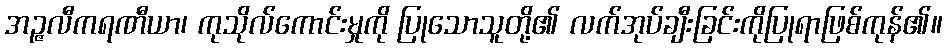
အဉ္ဇလီကရဏီယာ၊ ကုသိုလ်ကောင်းမှုကို ပြုသောသူတို့၏ လက်အုပ်ချီးခြင်းကိုပြုရာဖြစ်ကုန်၏။